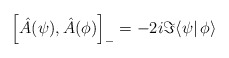
\begin{align*}\left[\hat A(\psi),\hat A(\phi)\right]_-=-2i\Im\langle\psi|\,\phi\rangle\end{align*}